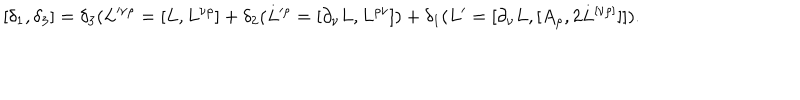
[ \delta _ { 1 } , \delta _ { 3 } ] = \delta _ { 3 } ( L ^ { \nu \rho } = [ L , L ^ { \nu \rho } ] + \delta _ { 2 } ( L ^ { \rho } = [ \partial _ { \nu } L , L ^ { \rho \nu } ] ) + \delta _ { 1 } ( L ^ { \prime } = [ \partial _ { \nu } L , [ A _ { \rho } , 2 L ^ { [ \nu \rho ] } ] ] ) .